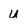
Character: u